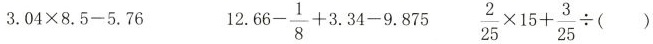
$$3 . 0 4 \times 8 . 5 - 5 . 7 6$$ $$1 2 . 6 6 - \frac{1}{8} + 3 . 3 4 - 9 . 8 7 5$$ $$\frac{2}{25} \times 1 5 + \frac{3}{25} \div ( )$$